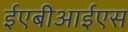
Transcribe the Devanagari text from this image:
ईएबीआईएस